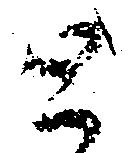
と